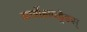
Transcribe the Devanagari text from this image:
कार्बोहायड्रेडस्